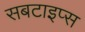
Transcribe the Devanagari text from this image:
सबटाइप्स